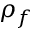
\rho _ { f }